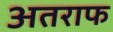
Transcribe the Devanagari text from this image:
अतराफ